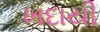
ખદાયી